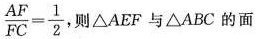
\frac { A F } { F C } = \frac { 1 } { 2 }$$则△AEF与△ABC的面